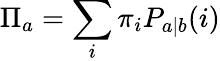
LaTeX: \Pi_{a}=\sum_{i}\pi_{i}P_{a|b}(i)